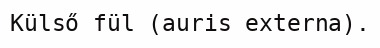
Külső fül (auris externa).